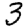
Digit: 3